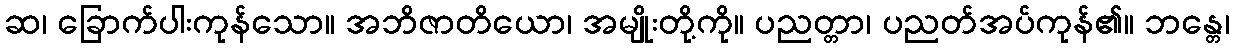
ဆ၊ ခြောက်ပါးကုန်သော။ အဘိဇာတိယော၊ အမျိုးတို့ကို။ ပညတ္တာ၊ ပညတ်အပ်ကုန်၏။ ဘန္တေ၊